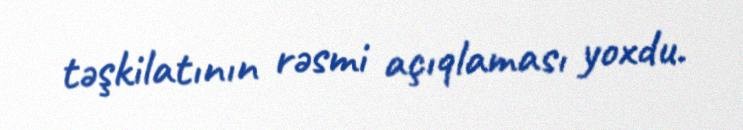
təşkilatının rəsmi açıqlaması yoxdu.